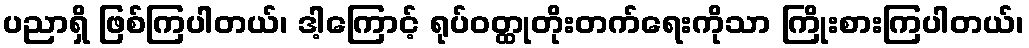
ပညာရှိ ဖြစ်ကြပါတယ်၊ ဒါ့ကြောင့် ရုပ်ဝတ္ထုတိုးတက်ရေးကိုသာ ကြိုးစားကြပါတယ်၊